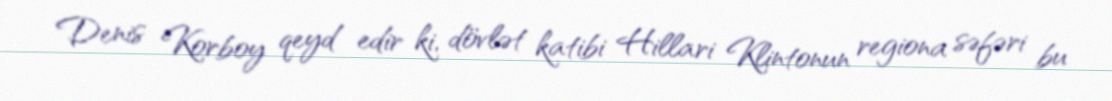
Denis Korboy qeyd edir ki, dövlət katibi Hillari Klintonun regiona səfəri bu